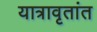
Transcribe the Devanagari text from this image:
यात्रावृतांत